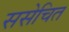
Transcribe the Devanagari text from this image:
ससेचित